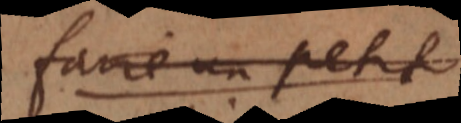
faire un petit